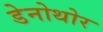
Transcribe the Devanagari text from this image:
डेनोथोर